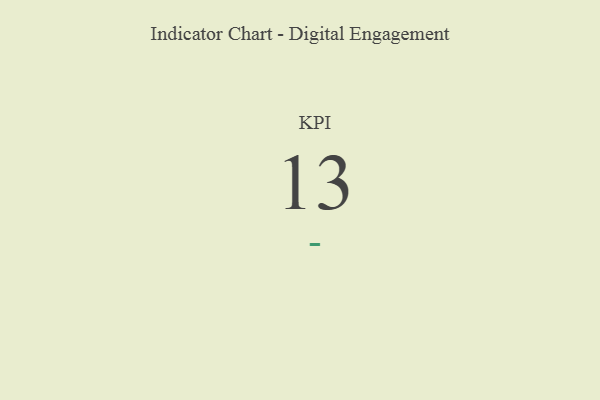
{"axis": {"x": "KPI", "y": "Value"}, "legend": [""], "data": [{"x": "KPI", "y": 13, "type": ""}]}